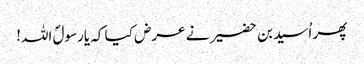
پھر اُسید بن حضیر نے عرض کیا کہ یارسولؐ اللہ!